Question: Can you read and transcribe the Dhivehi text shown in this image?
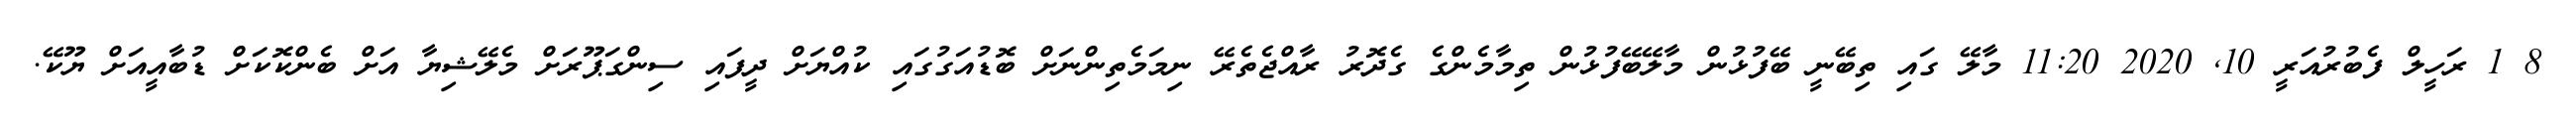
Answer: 8 1 ރަހީލް ފެބުރުއަރީ 10, 2020 11:20 މާލޭ ގައި ތިބޭނީ ބޭފުޅުން މާލޭބޭފުޅުން ތިމާމެންގެ ގެދޮރު ރާއްޖެތެރޭ ނިމަމެތިންނަށް ބޮޑުއަގުގައި ކުއްޔަށް ދީފައި ސިންގަޕޫރަށް މެލޭޝިޔާ އަށް ބެންކޮކަށް ޑުބާއީއަށް ޔޫކޭ.